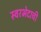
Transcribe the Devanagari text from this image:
स्वरभेदाची